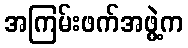
အကြမ်းဖက်အဖွဲ့က